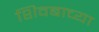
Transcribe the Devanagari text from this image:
शिवबाच्या